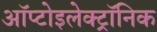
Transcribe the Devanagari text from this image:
ऑप्टोइलेक्ट्रॉनिक